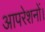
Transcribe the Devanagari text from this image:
आपरेशनों।